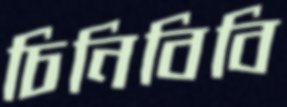
চিনিবিবি